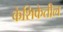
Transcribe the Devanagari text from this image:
केशिकेतील